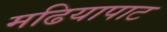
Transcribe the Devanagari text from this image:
मढियापाट